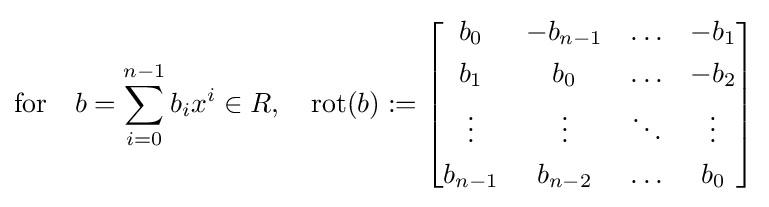
{\text{for}}\quad b=\sum _{i=0}^{n-1}b_{i}x^{i}\in R,\quad \operatorname {rot} (b):={\begin{bmatrix}b_{0}&-b_{n-1}&\ldots &-b_{1}\\[0.3em]b_{1}&b_{0}&\ldots &-b_{2}\\[0.3em]\vdots &\vdots &\ddots &\vdots \\[0.3em]b_{n-1}&b_{n-2}&\ldots &b_{0}\end{bmatrix}}